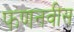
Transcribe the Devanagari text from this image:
फणनवीस